Document type: Community of property
Year: 1312
Scribe: Pere Amorós
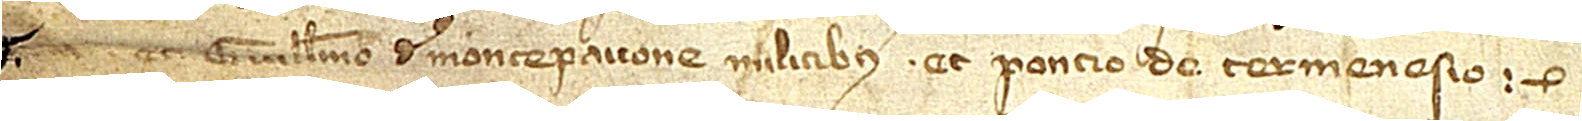
et Guillelmo de Montepavone, militibus, et Poncio de Termenesio.